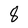
Character: 8